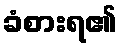
ခံစားရ၏